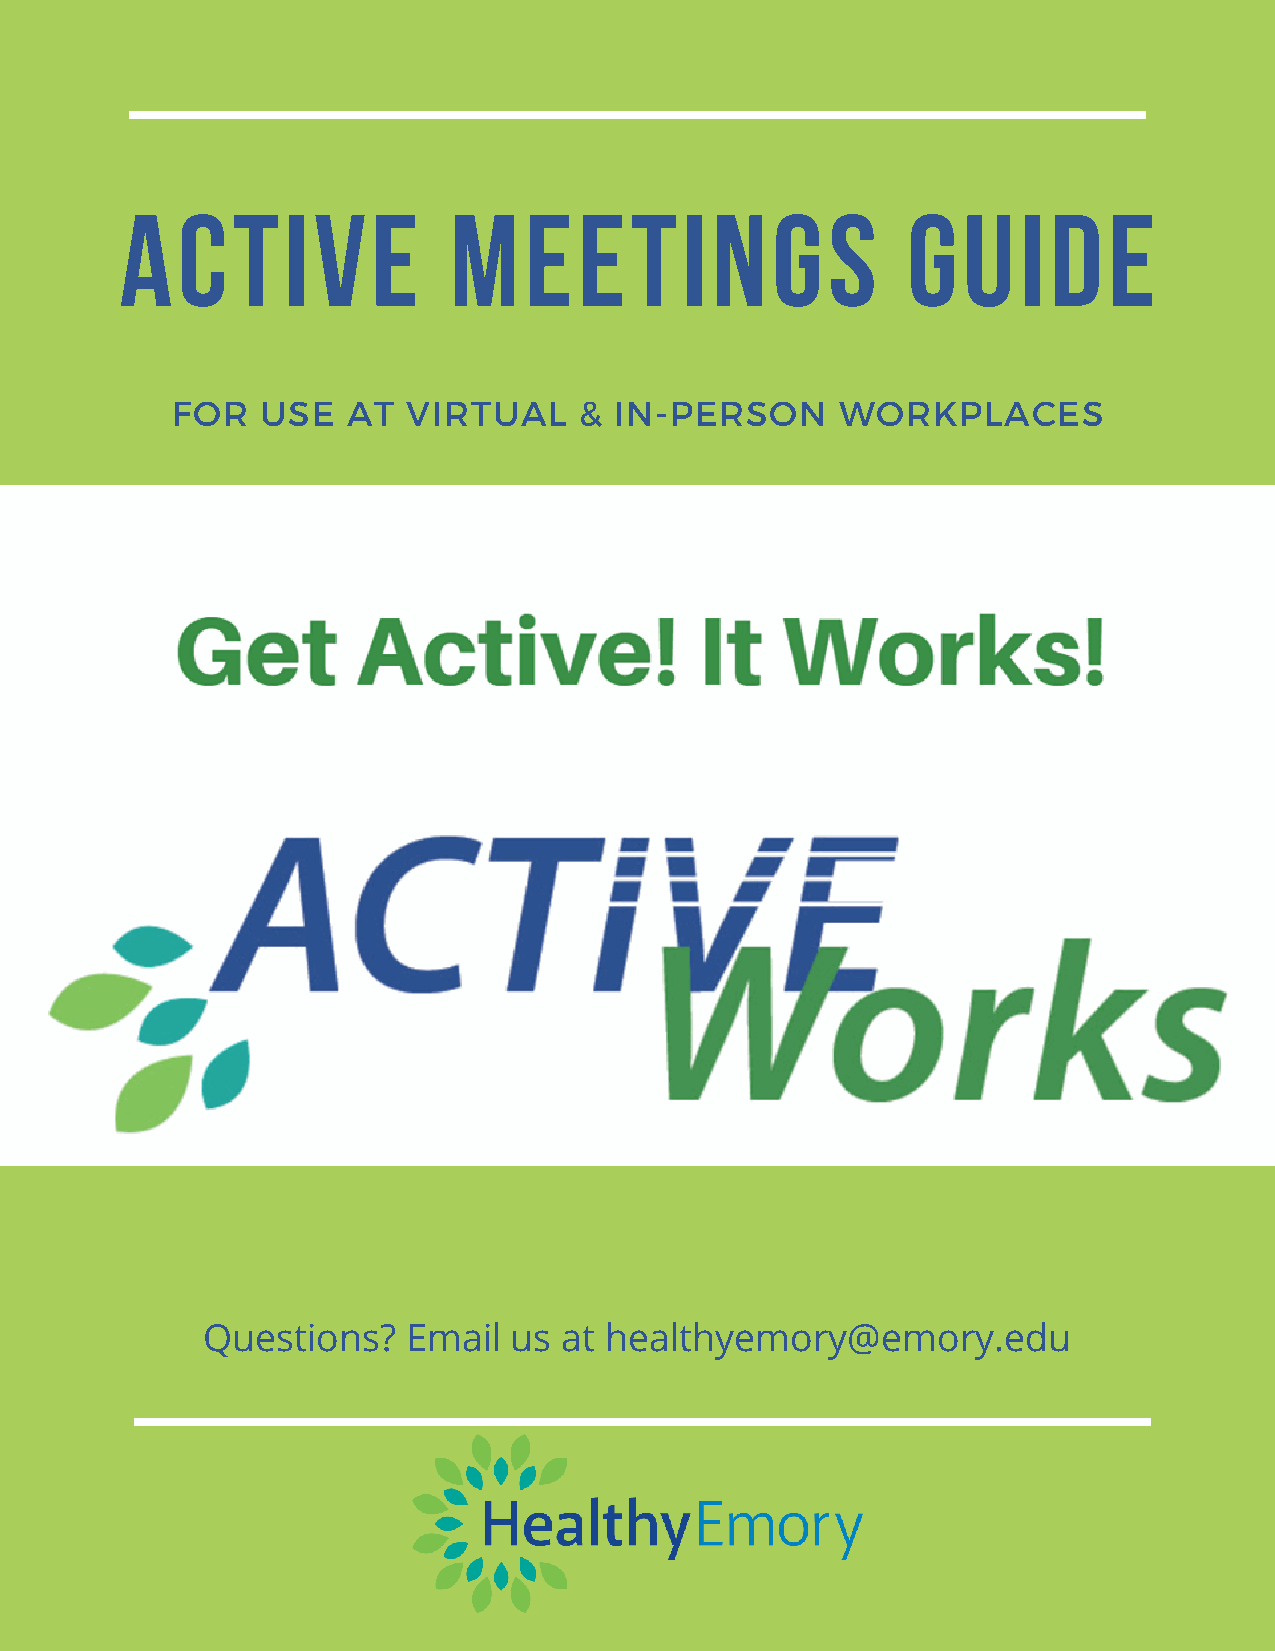
ACTIVE                MEETINGS                      GUIDE
 FOR   USE   AT  VIRTUAL    &  IN-PERSON      WORKPLACES
 Questions?    Email  us at healthyemory@emory.edu